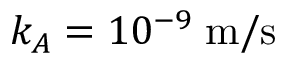
k _ { A } = 1 0 ^ { - 9 } \; \mathrm { m } / \mathrm { s }